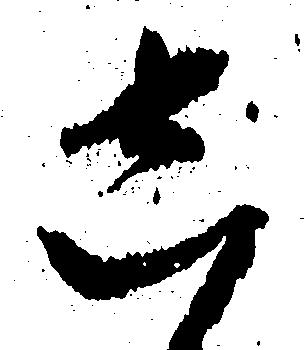
し